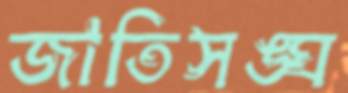
জাতিসঙ্ঘ